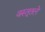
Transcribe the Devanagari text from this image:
वस्तूतले